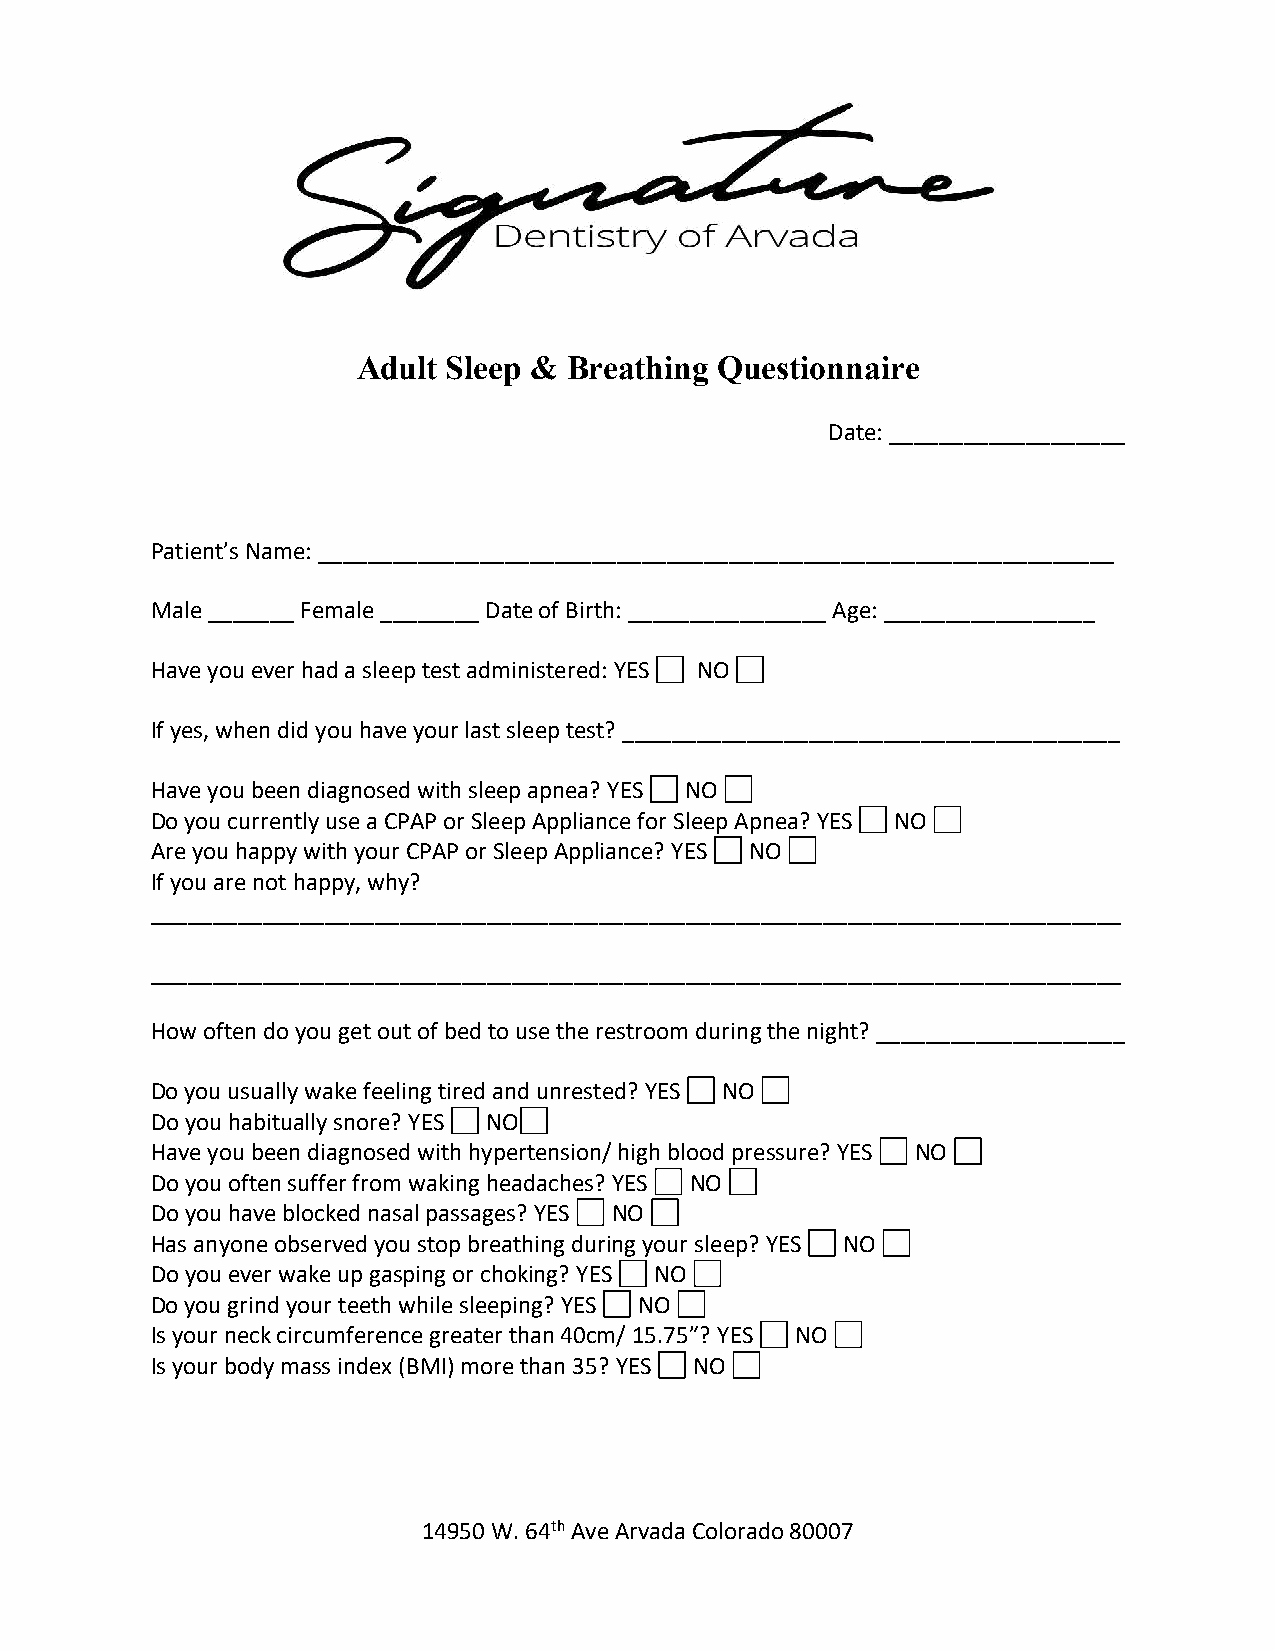
Adult Sleep & Breathing Questionnaire
 Date: ___________________
 Patient’s Name: ________________________________________________________________
 Male _______ Female ________ Date of Birth: ________________ Age: _________________
 Have you ever had a sleep test administered: YES NO
 If yes, when did you have your last sleep test? ________________________________________
 Have you been diagnosed with sleep apnea? YES NO
 Do you currently use a CPAP or Sleep Appliance for Sleep Apnea? YES NO
 Are you happy with your CPAP or Sleep Appliance? YES NO
 If you are not happy, why?
 ______________________________________________________________________________
 ______________________________________________________________________________
 How often do you get out of bed to use the restroom during the night? ____________________
 Do you usually wake feeling tired and unrested? YES NO
 Do you habitually snore? YES NO
 Have you been diagnosed with hypertension/ high blood pressure? YES NO
 Do you often suffer from waking headaches? YES NO
 Do you have blocked nasal passages? YES NO
 Has anyone observed you stop breathing during your sleep? YES NO
 Do you ever wake up gasping or choking? YES NO
 Do you grind your teeth while sleeping? YES NO
 Is your neck circumference greater than 40cm/ 15.75”? YES NO
 Is your body mass index (BMI) more than 35? YES NO
 14950 W. 64th Ave Arvada Colorado 80007